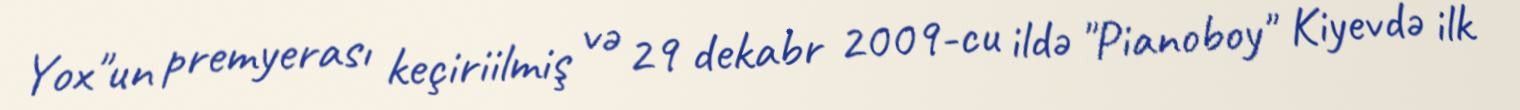
Yox"un premyerası keçiriilmiş və 29 dekabr 2009-cu ildə "Pianoboy" Kiyevdə ilk